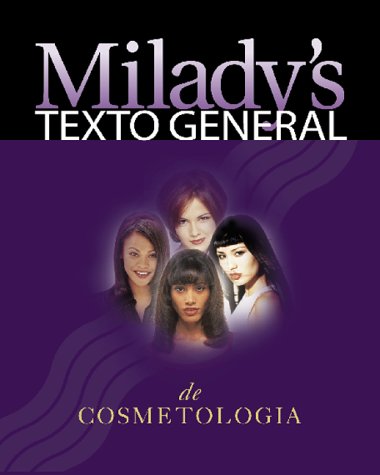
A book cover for Texto General De Cosmetologia, 2000 Edition (Spanish Edition); Milady; Health, Fitness & Dieting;